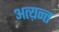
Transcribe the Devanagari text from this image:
अत्य़न्त